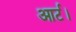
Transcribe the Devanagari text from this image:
आर्ट।